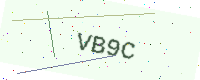
Text: VB9C